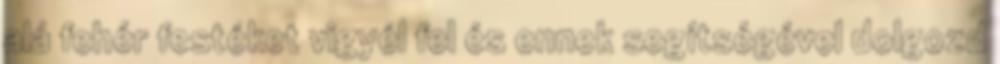
alá fehér festéket vigyél fel és ennek segítségével dolgozd